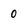
Character: 0